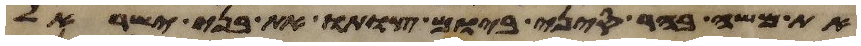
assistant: את משה בהר סיני ביום צותו את בני ישראל